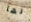
لها